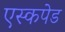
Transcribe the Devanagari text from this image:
एस्कपेड